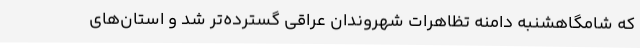
که شامگاهشنبه دامنه تظاهرات شهروندان عراقی گسترده‌تر شد و استان‌های